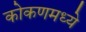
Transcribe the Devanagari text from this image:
कोकणमध्ये